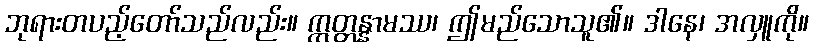
ဘုရားတပည့်တော်သည်လည်း။ ဣတ္တန္နာမဿ၊ ဤမည်သောသူ၏။ ဒါနေ၊ အလှူကို။